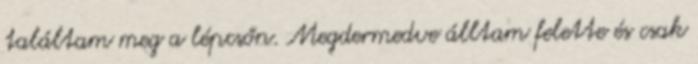
találtam meg a lépcsőn. Megdermedve álltam felette és csak